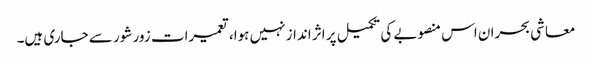
معاشی بحران اس منصوبے کی تکمیل پر اثر انداز نہیں ہوا، تعمیرات زور شور سے جاری ہیں۔